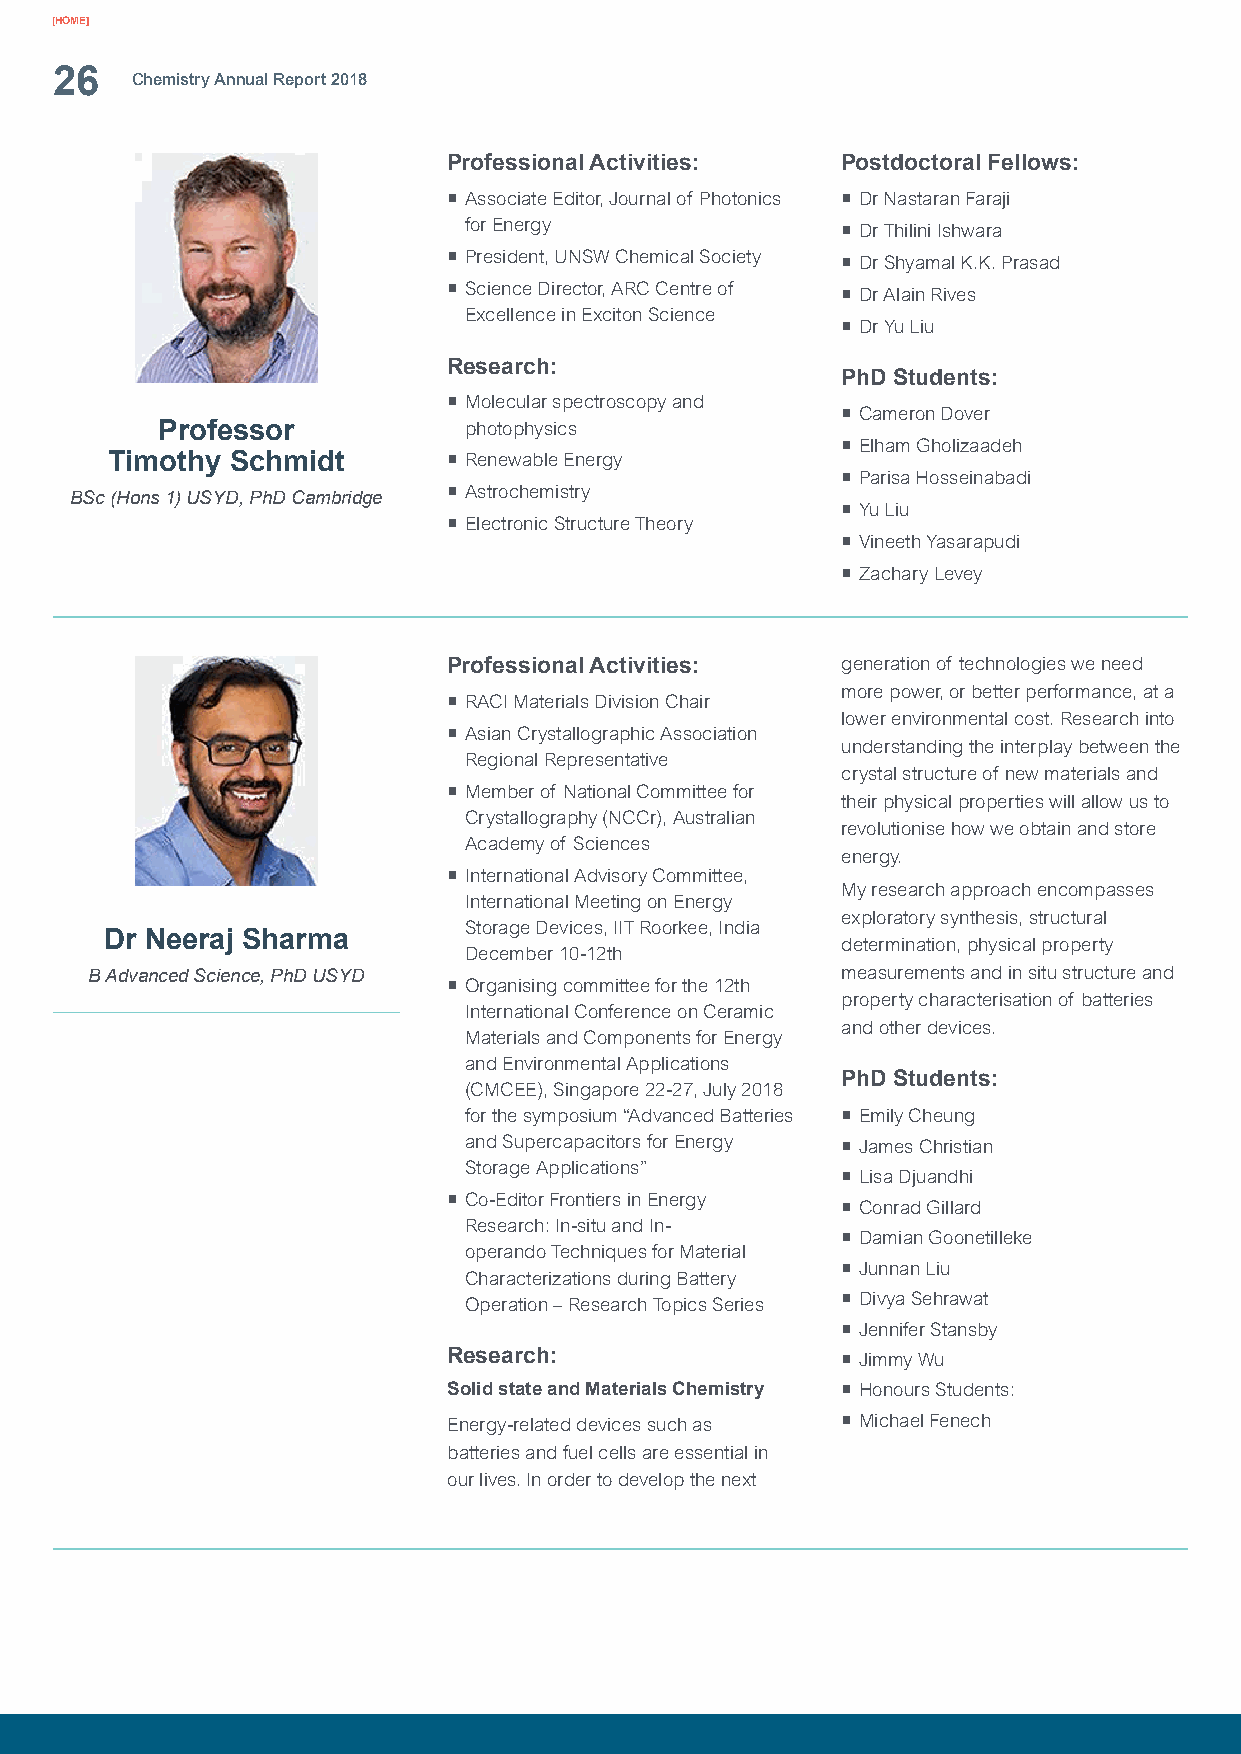
[HOME]
 26
 Chemistry Annual Report 2018
 Professional Activities:  Postdoctoral Fellows:
 ¡ Associate Editor, Journal of Photonics ¡ Dr Nastaran Faraji
 for Energy               ¡ Dr Thilini Ishwara
 ¡ President, UNSW Chemical Society ¡ Dr Shyamal K.K. Prasad
 ¡ Science Director, ARC Centre of ¡ Dr Alain Rives
 Excellence in Exciton Science
 ¡ Dr Yu Liu
 Research:
 PhD Students:
 ¡ Molecular spectroscopy and
 ¡ Cameron Dover
 Professor            photophysics
 ¡ Elham Gholizaadeh
 Timothy Schmidt        ¡ Renewable Energy
 ¡ Parisa Hosseinabadi
 BSc (Hons 1) USYD, PhD Cambridge ¡ Astrochemistry
 ¡ Yu Liu
 ¡ Electronic Structure Theory
 ¡ Vineeth Yasarapudi
 ¡ Zachary Levey
 Professional Activities:  generation of technologies we need
 more power, or better performance, at a
 ¡ RACI Materials Division Chair
 lower environmental cost. Research into
 ¡ Asian Crystallographic Association
 understanding the interplay between the
 Regional Representative
 crystal structure of new materials and
 ¡ Member of National Committee for
 their physical properties will allow us to
 Crystallography (NCCr), Australian
 revolutionise how we obtain and store
 Academy of Sciences
 energy.
 ¡ International Advisory Committee,
 My research approach encompasses
 International Meeting on Energy
 exploratory synthesis, structural
 Storage Devices, IIT Roorkee, India
 Dr Neeraj Sharma
 determination, physical property
 December 10-12th
 B Advanced Science, PhD USYD                      measurements and in situ structure and
 ¡ Organising committee for the 12th
 property characterisation of batteries
 International Conference on Ceramic
 and other devices.
 Materials and Components for Energy
 and Environmental Applications
 PhD Students:
 (CMCEE), Singapore 22-27, July 2018
 for the symposium “Advanced Batteries ¡ Emily Cheung
 and Supercapacitors for Energy ¡ James Christian
 Storage Applications”
 ¡ Lisa Djuandhi
 ¡ Co-Editor Frontiers in Energy
 ¡ Conrad Gillard
 Research: In-situ and In-
 ¡ Damian Goonetilleke
 operando Techniques for Material
 ¡ Junnan Liu
 Characterizations during Battery
 Operation – Research Topics Series ¡ Divya Sehrawat
 ¡ Jennifer Stansby
 Research:
 ¡ Jimmy Wu
 Solid state and Materials Chemistry ¡ Honours Students:
 Energy-related devices such as ¡ Michael Fenech
 batteries and fuel cells are essential in
 our lives. In order to develop the next